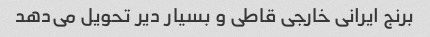
برنج ایرانی خارجی قاطی و بسیار دیر تحویل می‌دهد